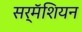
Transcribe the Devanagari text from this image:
सर्मॅशियन